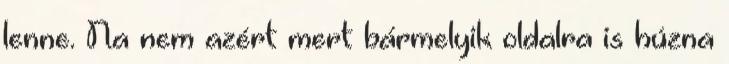
lenne. Na nem azért mert bármelyik oldalra is húzna